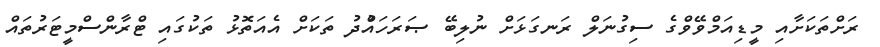
ރަށްތަކަށާއި މީޑިއަމްވޭވްގެ ސިގުނަލް ރަނގަޅަށް ނުލިބޭ ޞަރަހައްުދު ތަކަށް އެއަތޮޅު ތަކުގައި ޓްރާންސްމީޓަރުތައް